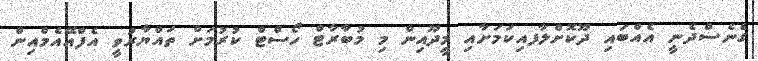
ގެނެސްދެނީ އެއްބައި ދޫކޮށްލާފއިކަމަށާއި މީދޫއިން މި މުބާރާޓް ހޯސްޓް ކުރުމަށް ތައްޔާރުވީ އެފްއޭއެމްއިން